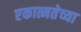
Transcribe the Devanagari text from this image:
एकात्मतेच्या